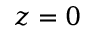
z = 0